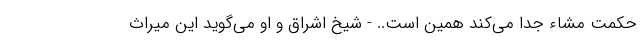
حکمت مشاء جدا می‌کند همین‌ است.. - شیخ اشراق و او می‌گوید این میراثِ